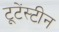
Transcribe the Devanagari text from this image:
टूटेंस्टीन